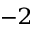
^ { - 2 }